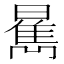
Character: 𱢫